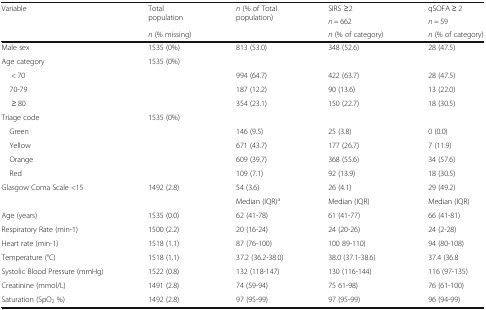
<table><thead><tr><td rowspan="3"><b>Variable</b></td><td rowspan="2"><b>Total population</b></td><td rowspan="3"><b><i>n</i> (% of Total population)</b></td><td><b>SIRS ≥2</b></td><td><b>qSOFA ≥ 2</b></td></tr><tr><td><b><i>n</i> = 662</b></td><td><b><i>n</i> = 59</b></td></tr><tr><td><b><i>n</i> (% missing)</b></td><td><b><i>n</i> (% of category)</b></td><td><b><i>n</i> (% of category)</b></td></tr></thead><tbody><tr><td>Male sex</td><td>1535 (0%)</td><td>813 (53.0)</td><td>348 (52.6)</td><td>28 (47.5)</td></tr><tr><td>Age category</td><td>1535 (0%)</td><td></td><td></td><td></td></tr><tr><td>&lt; 70</td><td></td><td>994 (64.7)</td><td>422 (63.7)</td><td>28 (47.5)</td></tr><tr><td> 70-79</td><td></td><td>187 (12.2)</td><td>90 (13.6)</td><td>13 (22.0)</td></tr><tr><td>≥ 80</td><td></td><td>354 (23.1)</td><td>150 (22.7)</td><td>18 (30.5)</td></tr><tr><td>Triage code</td><td>1535 (0%)</td><td></td><td></td><td></td></tr><tr><td> Green</td><td></td><td>146 (9.5)</td><td>25 (3.8)</td><td>0 (0.0)</td></tr><tr><td> Yellow</td><td></td><td>671 (43.7)</td><td>177 (26.7)</td><td>7 (11.9)</td></tr><tr><td> Orange</td><td></td><td>609 (39.7)</td><td>368 (55.6)</td><td>34 (57.6)</td></tr><tr><td> Red</td><td></td><td>109 (7.1)</td><td>92 (13.9)</td><td>18 (30.5)</td></tr><tr><td>Glasgow Coma Scale &lt;15</td><td>1492 (2.8)</td><td>54 (3.6)</td><td>26 (4.1)</td><td>29 (49.2)</td></tr><tr><td></td><td></td><td>Median (IQR)<sup>a</sup></td><td>Median (IQR)</td><td>Median (IQR)</td></tr><tr><td>Age (years)</td><td>1535 (0.0)</td><td>62 (41-78)</td><td>61 (41-77)</td><td>66 (41-81)</td></tr><tr><td>Respiratory Rate (min-1)</td><td>1500 (2.2)</td><td>20 (16-24)</td><td>24 (20-26)</td><td>24 (2-28)</td></tr><tr><td>Heart rate (min-1)</td><td>1518 (1.1)</td><td>87 (76-100)</td><td>100 89-110)</td><td>94 (80-108)</td></tr><tr><td>Temperature (°C)</td><td>1518 (1.1)</td><td>37.2 (36.2-38.0)</td><td>38.0 (37.1-38.6)</td><td>37.4 (36.8</td></tr><tr><td>Systolic Blood Pressure (mmHg)</td><td>1522 (0.8)</td><td>132 (118-147)</td><td>130 (116-144)</td><td>116 (97-135)</td></tr><tr><td>Creatinine (mmol/L)</td><td>1491 (2.8)</td><td>74 (59-94)</td><td>75 61-98)</td><td>76 (61-100)</td></tr><tr><td>Saturation (SpO<sub>2</sub> %)</td><td>1492 (2.8)</td><td>97 (95-99)</td><td>97 (95-99)</td><td>96 (94-99)</td></tr></tbody></table>